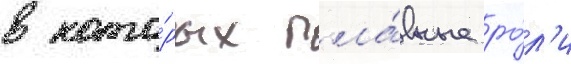
в кото́рых гла́вные ро́л'и